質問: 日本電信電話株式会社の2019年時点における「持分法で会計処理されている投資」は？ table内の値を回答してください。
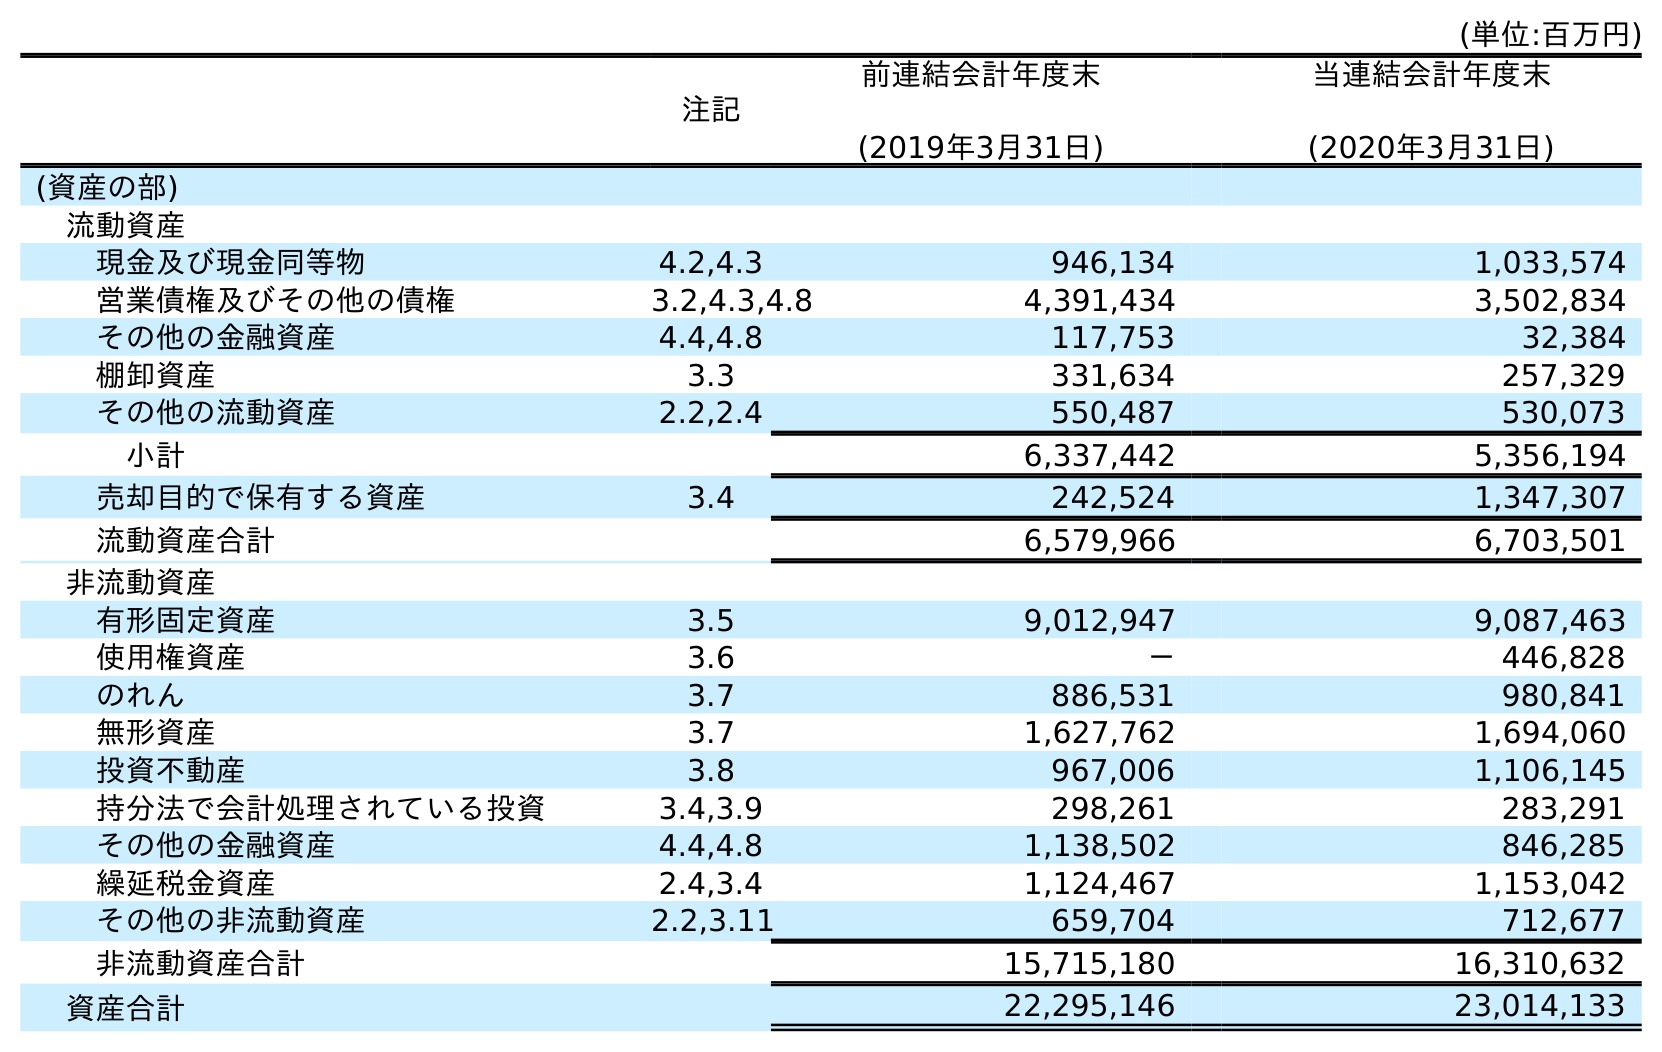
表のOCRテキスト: (単位:百万円) 注記 前連結会計年度末 (2019年3月31日) 当連結会計年度末 (2020年3月31日) (資産の部) 流動資産 現金及び現金同等物 4.2,4.3 946,134 1,033,574 営業債権及びその他の債権 3.2,4.3,4.8 4,391,434 3,502,834 その他の金融資産 4.4,4.8 117,753 32,384 棚卸資産 3.3 331,634 257,329 その他の流動資産 2.2,2.4 550,487 530,073 小計 6,337,442 5,356,194 売却目的で保有する資産 3.4 242,524 1,347,307 流動資産合計 6,579,966 6,703,501 非流動資産 有形固定資産 3.5 9,012,947 9,087,463 使用権資産 3.6 － 446,828 のれん 3.7 886,531 980,841 無形資産 3.7 1,627,762 1,694,060 投資不動産 3.8 967,006 1,106,145 持分法で会計処理されている投資 3.4,3.9 298,261 283,291 その他の金融資産 4.4,4.8 1,138,502 846,285 繰延税金資産 2.4,3.4 1,124,467 1,153,042 その他の非流動資産 2.2,3.11 659,704 712,677 非流動資産合計 15,715,180 16,310,632 資産合計 22,295,146 23,014,133
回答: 298,261